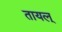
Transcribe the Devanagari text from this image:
तायल्